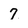
Character: 7